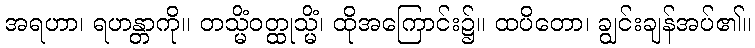
အရဟာ၊ ရဟန္တာကို။ တသ္မိံဝတ္ထုသ္မိံ၊ ထိုအကြောင်း၌။ ထပိတော၊ ချွင်းချန်အပ်၏။